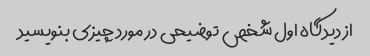
از دیدگاه اول شخص توضیحی در مورد چیزی بنویسید